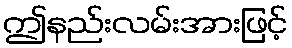
ဤနည်းလမ်းအားဖြင့်